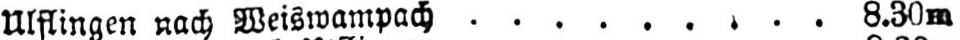
Ulflingen nach Weiswampach ......... 8.30m